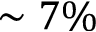
\sim 7 \%